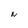
Character: N